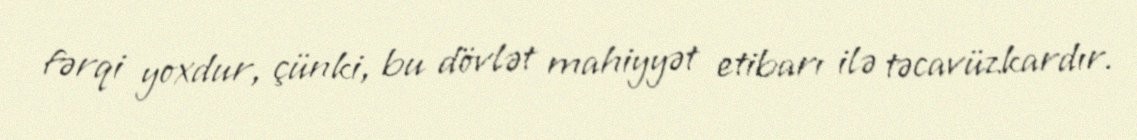
fərqi yoxdur, çünki, bu dövlət mahiyyət etibarı ilə təcavüzkardır.